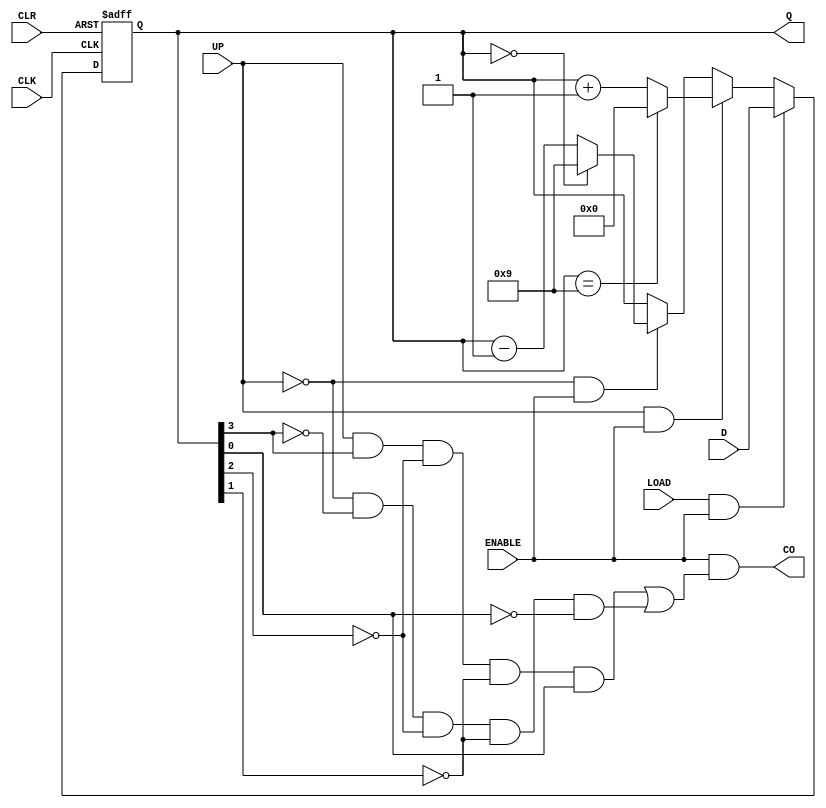
module bcdCounter(CLK, D, Q, CO, ENABLE, LOAD, UP, CLR);
input CLK, ENABLE, LOAD, UP, CLR;
input [3:0] D;
output CO;
output [3:0] Q;

reg [3:0] Qin;
assign Q = Qin;
assign CO = ENABLE & ( (UP & Q[3] & !Q[2] & !Q[1] & Q[0]) || 
	(!UP & !Q[3] & !Q[2] & !Q[1] & !Q[0]) );

always @(posedge CLK, negedge CLR)
begin
if (!CLR)
  Qin <= 4'b0000;
else if (LOAD & ENABLE)
  Qin <= D;
else if (UP & ENABLE)
  begin
    if (Qin == 4'b1001)
      Qin <= 4'b0000;
    else
      Qin <= Qin + 1;
  end
else if (!UP & ENABLE)
  begin
    if (Qin == 4'b0000)
      Qin <= 4'b1001;
    else
      Qin <= Qin - 1;
  end
end
endmodule